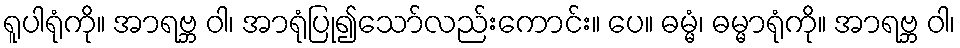
ရူပါရုံကို။ အာရဗ္ဘ ဝါ၊ အာရုံပြု၍သော်လည်းကောင်း။ ပေ။ ဓမ္မံ၊ ဓမ္မာရုံကို။ အာရဗ္ဘ ဝါ၊